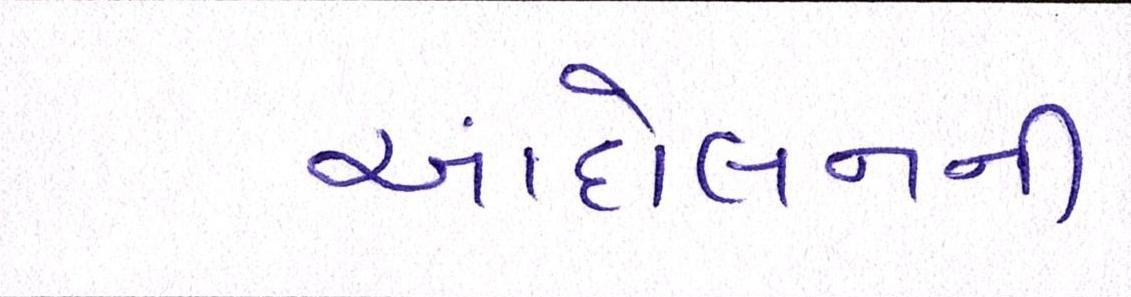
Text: આંદોલનની